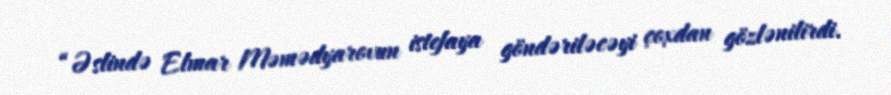
“Əslində Elmar Məmədyarovun istefaya göndəriləcəyi çoxdan gözlənilirdi.